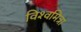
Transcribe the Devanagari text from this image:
विश्‍वमित्रा